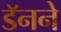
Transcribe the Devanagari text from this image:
डॅनने